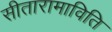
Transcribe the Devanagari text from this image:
सीतारामाविति